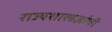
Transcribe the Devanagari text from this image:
राज्यशास्त्रज्ञांची